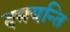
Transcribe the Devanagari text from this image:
दमयन्ति